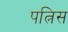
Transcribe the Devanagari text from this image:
पत्निस